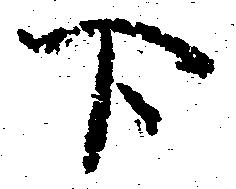
下